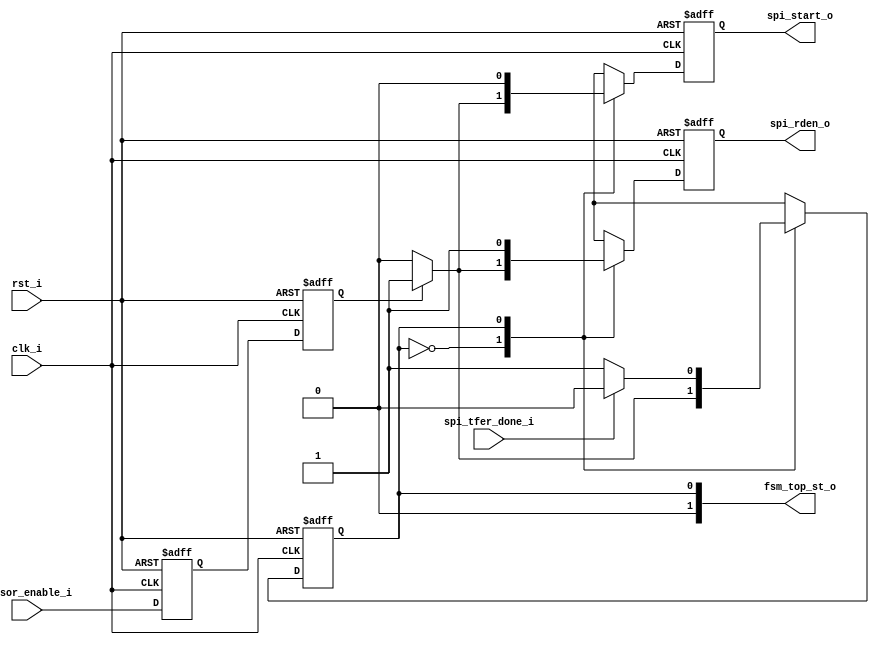
// -----------------------------------------------------------------------------
// title          : AL4S3B Fabric Intel VGA sample IP Module
// project        : Tamar2 Device
// -----------------------------------------------------------------------------
// company        : QuickLogic Corp
// platform       : ArcticLink 4 S3B
// standard       : Verilog 2001
// -----------------------------------------------------------------------------
// description: 
// -----------------------------------------------------------------------------
// copyright (c) 2018
// -----------------------------------------------------------------------------
// revisions  :
// date            version     author               description
// 2019/03/07      1.0        Rakesh Moolacheri    Initial Release
// -----------------------------------------------------------------------------
// Comments: This solution is specifically for use with the QuickLogic
//           AL4S3B device. 
// -----------------------------------------------------------------------------
//

`timescale 1ns / 10ps

module Fsm_Top ( 

			clk_i,          
			rst_i,   
			
			sensor_enable_i,   		

			fsm_top_st_o,
    
            spi_start_o,    
			spi_rden_o,
            spi_tfer_done_i      
			);
			
			
input			clk_i;
input			rst_i;

input	    	sensor_enable_i;

output			spi_start_o;
output			spi_rden_o;
input			spi_tfer_done_i;

output 	[1:0]	fsm_top_st_o;


wire			clk_i;
wire			rst_i;

wire	    	sensor_enable_i;

reg 			spi_start_o;
reg 			spi_rden_o;
wire			spi_tfer_done_i;

reg				sensor_enable_r;
reg				sensor_enable_r1;

wire 	[1:0]	fsm_top_st_o;
 
reg  FSM_Top_state;
parameter IDLE_ST = 0;
parameter Transmit_ST = 1;


assign fsm_top_st_o = FSM_Top_state;

always @( posedge clk_i or posedge rst_i ) 
begin
    if (rst_i)
    begin
	    sensor_enable_r   <= 1'b0;
		sensor_enable_r1  <= 1'b0;
	end
	else
	begin
		sensor_enable_r   <= sensor_enable_i;
		sensor_enable_r1  <= sensor_enable_r;
	end
end

always @ (posedge clk_i or posedge rst_i)
begin
	if(rst_i)
	 begin
		FSM_Top_state 	<= IDLE_ST;
		spi_start_o   	<= 1'b0; 
		spi_rden_o   	<= 1'b0;
	 end
	else begin
		case (FSM_Top_state)
		IDLE_ST :     begin  
						if(sensor_enable_r1)
						  begin
							FSM_Top_state 	<= Transmit_ST;  
							spi_start_o   	<= 1'b1;
							spi_rden_o   	<= 1'b1;
						  end
						else
						  begin
							FSM_Top_state 	<= IDLE_ST;
							spi_start_o   	<= 1'b0;
							spi_rden_o   	<= 1'b0;
						  end
					  end
					
		Transmit_ST: begin
							spi_start_o   	<= 1'b0;
							spi_rden_o   	<= 1'b1;
							if (spi_tfer_done_i)
							begin
								FSM_Top_state <= IDLE_ST; 
							end
							else
							begin
								FSM_Top_state <= Transmit_ST;
							end
					  end
	
				default:FSM_Top_state <= IDLE_ST;
			
		endcase
	end
end	

endmodule